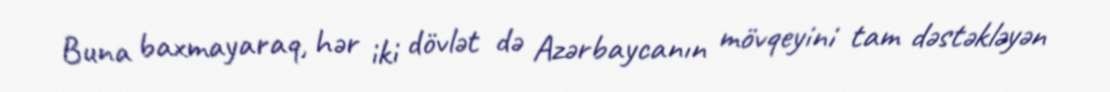
Buna baxmayaraq, hər iki dövlət də Azərbaycanın mövqeyini tam dəstəkləyən